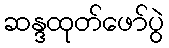
ဆန္ဒထုတ်ဖော်ပွဲ